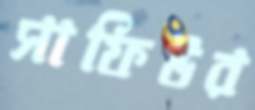
সাফিউর